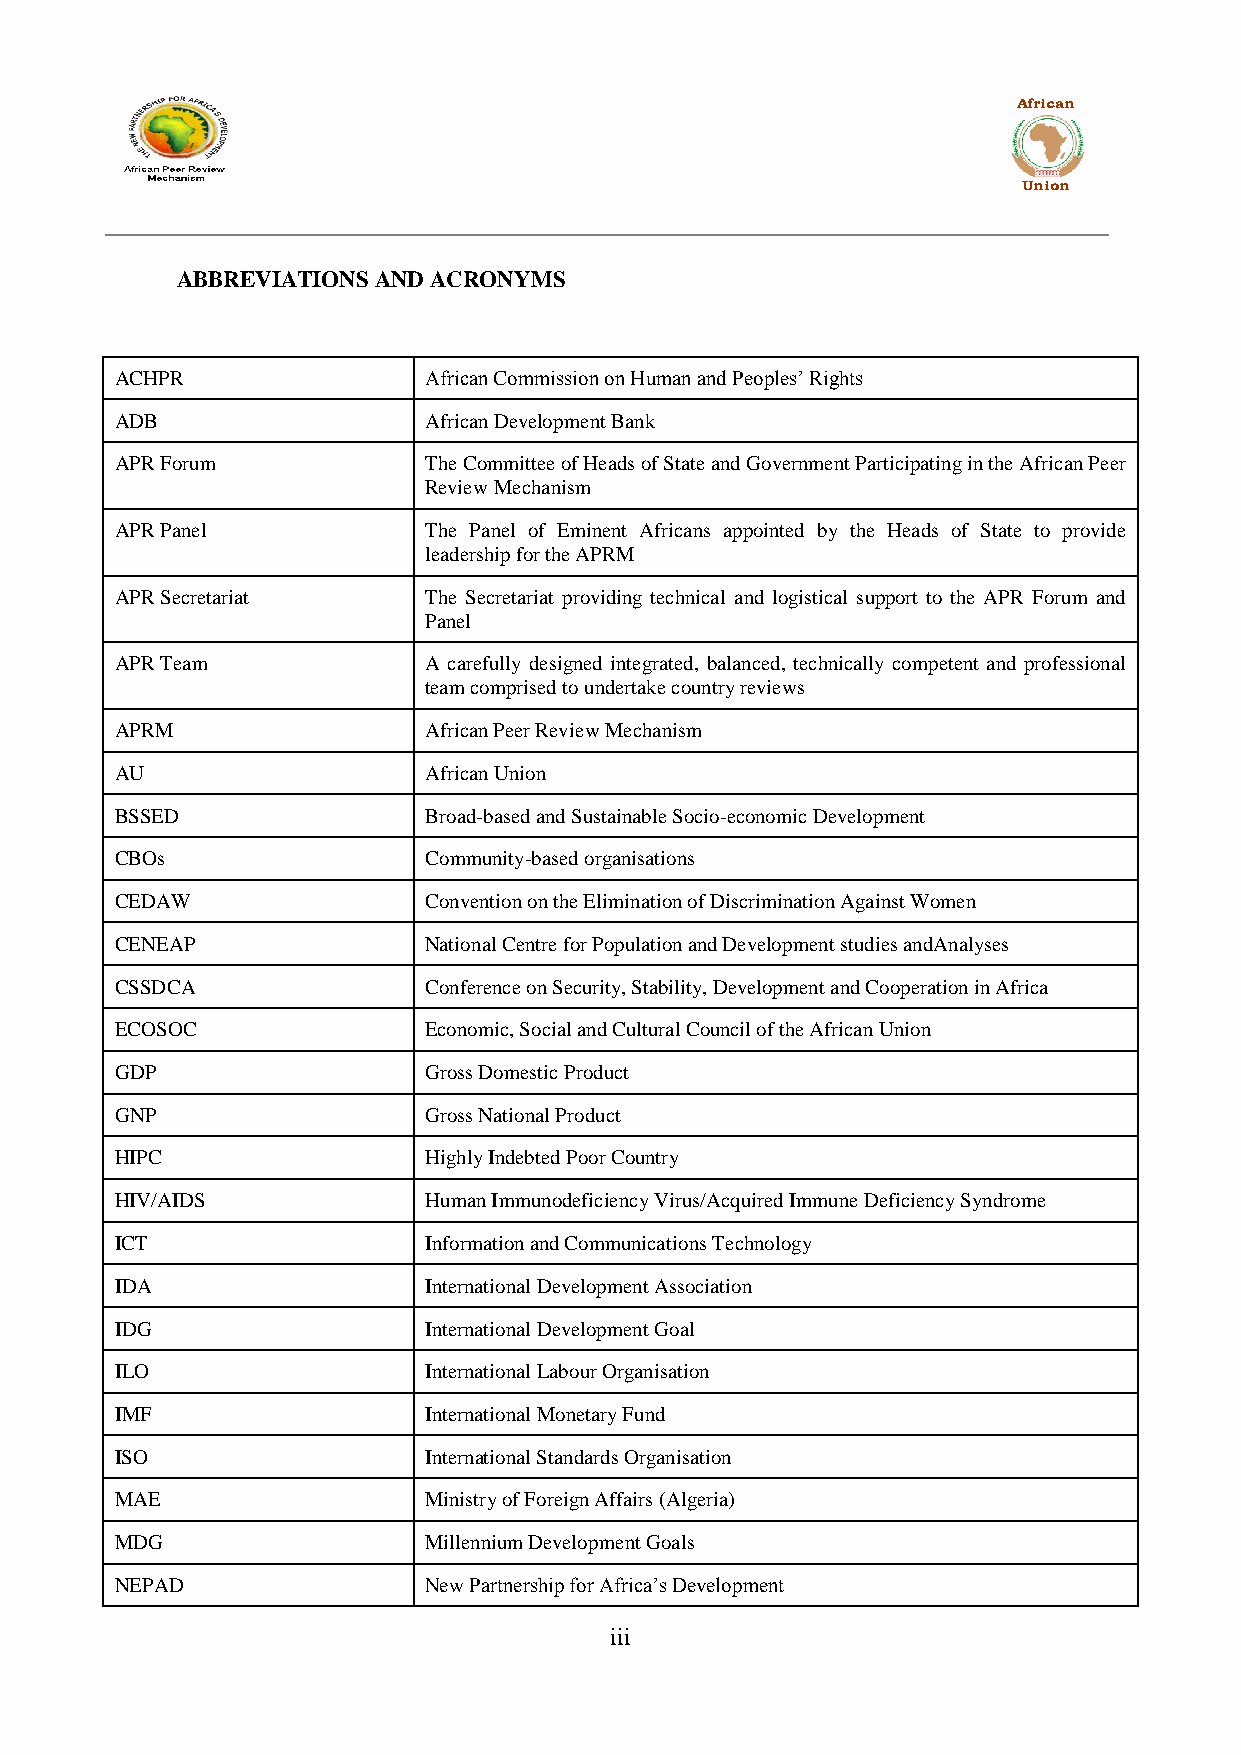
African
 Union
 ABBREVIATIONS AND ACRONYMS
 ACHPR               African Commission on Human and Peoples‟ Rights
 ADB                 African Development Bank
 APR Forum           The Committee of Heads of State and Government Participating in the African Peer
 Review Mechanism
 APR Panel           The Panel of Eminent Africans appointed by the Heads of State to provide
 leadership for the APRM
 APR Secretariat     The Secretariat providing technical and logistical support to the APR Forum and
 Panel
 APR Team            A carefully designed integrated, balanced, technically competent and professional
 team comprised to undertake country reviews
 APRM                African Peer Review Mechanism
 AU                  African Union
 BSSED               Broad-based and Sustainable Socio-economic Development
 CBOs                Community-based organisations
 CEDAW               Convention on the Elimination of Discrimination Against Women
 CENEAP              National Centre for Population and Development studies andAnalyses
 CSSDCA              Conference on Security, Stability, Development and Cooperation in Africa
 ECOSOC              Economic, Social and Cultural Council of the African Union
 GDP                 Gross Domestic Product
 GNP                 Gross National Product
 HIPC                Highly Indebted Poor Country
 HIV/AIDS            Human Immunodeficiency Virus/Acquired Immune Deficiency Syndrome
 ICT                 Information and Communications Technology
 IDA                 International Development Association
 IDG                 International Development Goal
 ILO                 International Labour Organisation
 IMF                 International Monetary Fund
 ISO                 International Standards Organisation
 MAE                 Ministry of Foreign Affairs (Algeria)
 MDG                 Millennium Development Goals
 NEPAD               New Partnership for Africa‟s Development
 iii